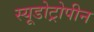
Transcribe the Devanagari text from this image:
स्यूडोट्रोपीन